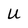
Character: U